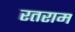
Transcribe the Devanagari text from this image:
रतराम